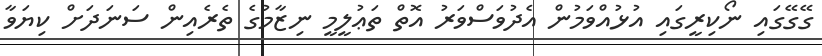
ގޭގޭގައި ނޯކިރީގައި އުޅުއްވަމުން އެދުވަސްވަރު އޮތް ތަޢުލީމީ ނިޒާމުގެ ތެރެއިން ސަނަދަށް ކިޔަވާ